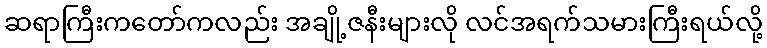
ဆရာကြီးကတော်ကလည်း အချို့ဇနီးများလို လင်အရက်သမားကြီးရယ်လို့